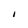
Character: I